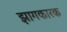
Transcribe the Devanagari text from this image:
झागकारक